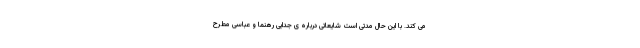
می کند. با این حال مدتی است شایعاتی درباره ی جدایی رهنما و عباسی مطرح